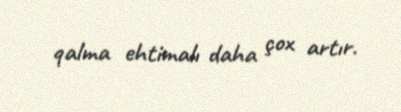
qalma ehtimalı daha çox artır.